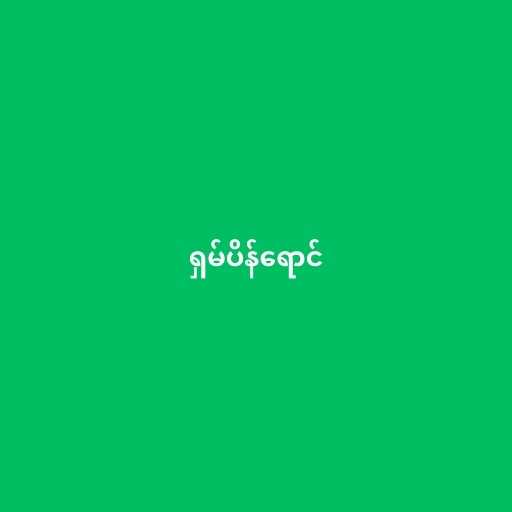
ရှမ်ပိန်ရောင်